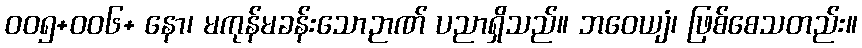
၀၀၅+၀၀၆+ နော၊ မကုန်မခန်းသောဉာဏ် ပညာရှိသည်။ ဘဝေယျံ၊ ဖြစ်စေသတည်း။